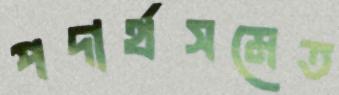
পদার্থসমেত